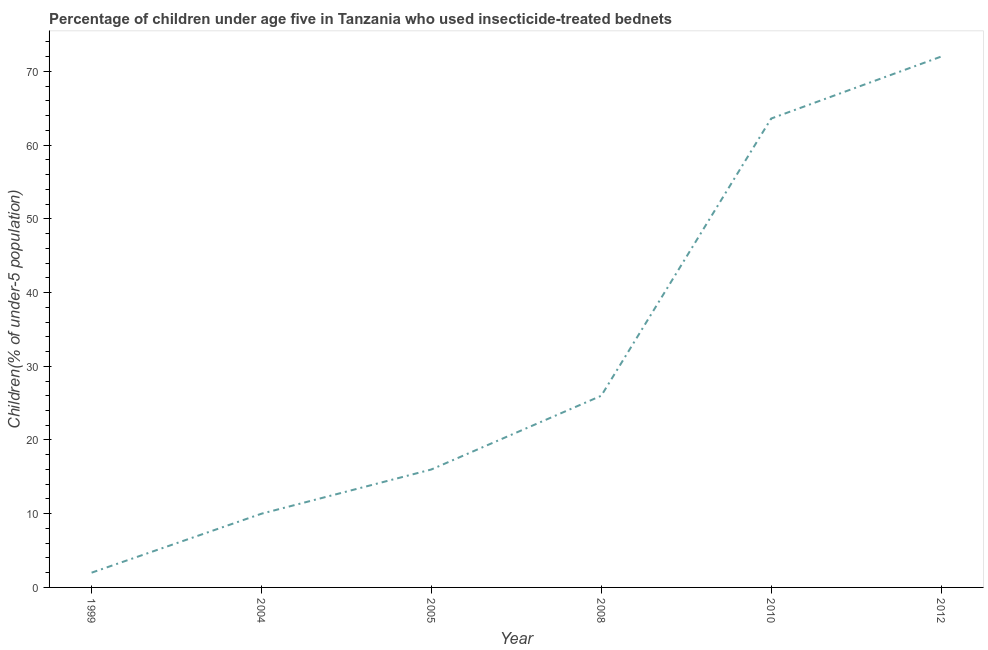
| Year | Use of insecticide-treated bed nets (% of under-5 population) |
 | --- | --- |
 | 1999 | 2 |
 | 2004 | 10 |
 | 2005 | 16 |
 | 2008 | 26 |
 | 2010 | 63.6 |
 | 2012 | 72 |